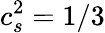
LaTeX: c_{s}^{2}=1/3